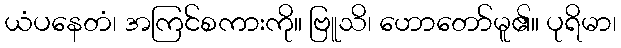
ယံပနေတံ၊ အကြင်စကားကို။ ဗြူသိ၊ ဟောတော်မူ၏။ ပုရိမာ၊